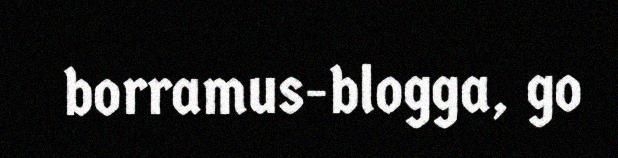
borramus-blogga, go